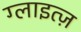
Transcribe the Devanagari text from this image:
ग्लाइत्ज़